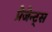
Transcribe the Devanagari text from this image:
प्रेजेन्ट्स